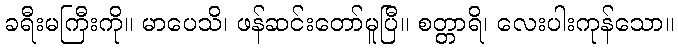
ခရီးမကြီးကို။ မာပေသိ၊ ဖန်ဆင်းတော်မူပြီ။ စတ္တာရိ၊ လေးပါးကုန်သော။